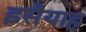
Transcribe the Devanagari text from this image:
इसैयाह